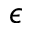
\epsilon